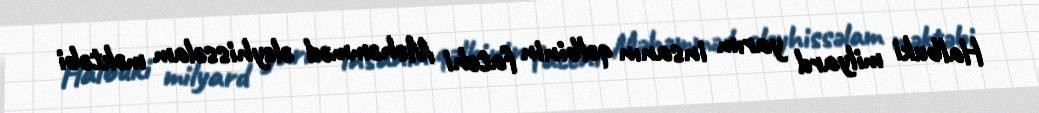
Halbuki milyard yarım insanın qəlbinin fatehi Məhəmməd əleyhissəlam məktəbi